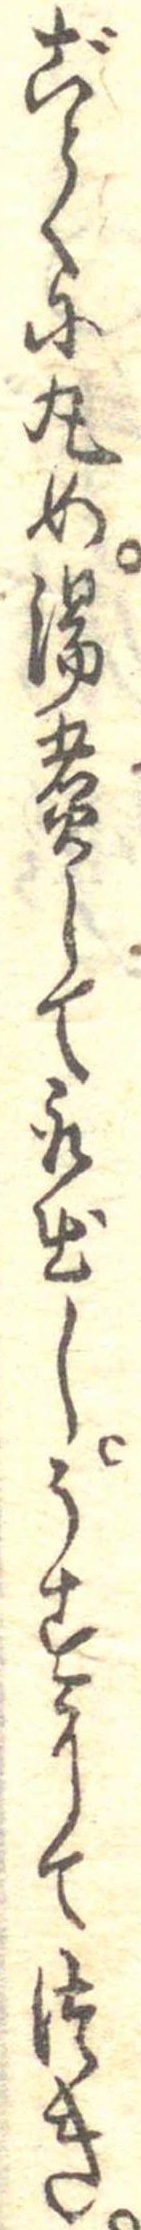
ごとくに丸め湯煮して取出しうすにてつき